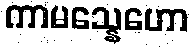
ကာမသ္နေဟော